Calcutta medical institutions reports 1871-78
Year: 1871
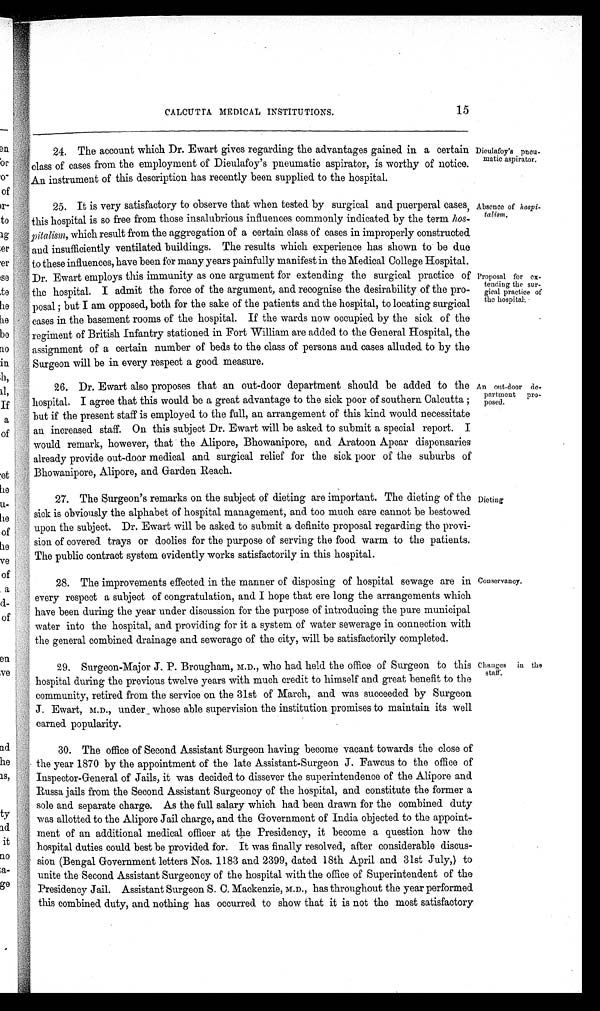
15
CALCUTTA MEDICAL INSTITUTIONS.
24. The account which Dr. Ewart gives regarding the advantages gained in a certain
class of cases from the employment of Dieulafoy's pneumatic aspirator, is worthy of notice.
An instrument of this description has recently been supplied to the hospital.
25. It is very satisfactory to observe that when tested by surgical and puerperal cases,
this hospital is so free from those insalubrious influences commonly indicated by the term hos-
pitalism, which result from the aggregation of a certain class of cases in improperly constructed
and insufficiently ventilated buildings. The results which experience has shown to be due
to these influences, have been for many years painfully manifest in the Medical College Hospital.
Dr. Ewart employs this immunity as one argument for extending the surgical practice of
the hospital. I admit the force of the argument, and recognise the desirability of the pro-
posal; but I am opposed, both for the sake of the patients and the hospital, to locating surgical
cases in the basement rooms of the hospital. If the wards now occupied by the sick of the
regiment of British Infantry stationed in Fort William are added to the General Hospital, the
assignment of a certain number of beds to the class of persons and cases alluded to by the
Surgeon will be in every respect a good measure.
26. Dr. Ewart also proposes that an out-door department should be added to the
hospital. I agree that this would be a great advantage to the sick poor of southern Calcutta;
but if the present staff is employed to the full, an arrangement of this kind would necessitate
an increased staff. On this subject Dr. Ewart will be asked to submit a special report. I
would remark, however, that the Alipore, Bhowanipore, and Aratoon Apear dispensaries
already provide out-door medical and surgical relief for the sick poor of the suburbs of
Bhowanipore, Alipore, and Garden Reach.
27. The Surgeon's remarks on the subject of dieting are important. The dieting of the
sick is obviously the alphabet of hospital management, and too much care cannot be bestowed
upon the subject. Dr. Ewart will be asked to submit a definite proposal regarding the provi-
sion of covered trays or doolies for the purpose of serving the food warm to the patients.
The public contract system evidently works satisfactorily in this hospital.
28. The improvements effected in the manner of disposing of hospital sewage are in
every respect a subject of congratulation, and I hope that ere long the arrangements which
have been during the year under discussion for the purpose of introducing the pure municipal
water into the hospital, and providing for it a system of water sewerage in connection with
the general combined drainage and sewerage of the city, will be satisfactorily completed.
29. Surgeon-Major J. P. Brougham, M.D., who had held the office of Surgeon to this
hospital during the previous twelve years with much credit to himself and great benefit to the
community, retired from the service on the 31st of March, and was succeeded by Surgeon
J. Ewart, M.D., under whose able supervision the institution promises to maintain its well
earned popularity.
30. The office of Second Assistant Surgeon having become vacant towards the close of
the year 1870 by the appointment of the late Assistant-Surgeon J. Fawcus to the office of
Inspector-General of Jails, it was decided to dissever the superintendence of the Alipore and
Russa jails from the Second Assistant Surgeoncy of the hospital, and constitute the former a
sole and separate charge. As the full salary which had been drawn for the combined duty
was allotted to the Alipore Jail charge, and the Government of India objected to the appoint-
ment of an additional medical officer at the Presidency, it become a question how the
hospital duties could best be provided for. It was finally resolved, after considerable discus-
sion (Bengal Government letters Nos. 1183 and 2399, dated 18th April and 31st July,) to
unite the Second Assistant Surgeoncy of the hospital with the office of Superintendent of the
Presidency Jail. Assistant Surgeon S. C. Mackenzie, M.D., has throughout the year performed
this combined duty, and nothing has occurred to show that it is not the most satisfactory.
Dieulafoy' s pneu-
matic aspirator.
Absence of hospi-
talism.
Proposal for ex-
tending the sur-
gical practice of
the hospital.
An out-door de-
partment pro-
posed.
Dieting
Conservancy.
Changes in the
staff.